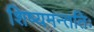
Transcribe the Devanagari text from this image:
शिष्यमन्ततिः